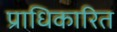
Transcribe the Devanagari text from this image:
प्राधिकारित